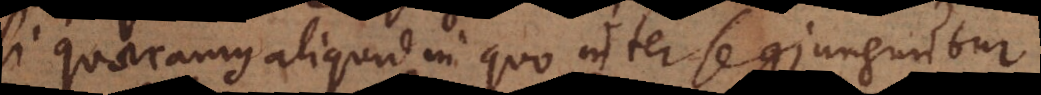
Si quaeramus aliquid in quo inter se conjunguntur